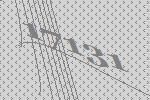
17131